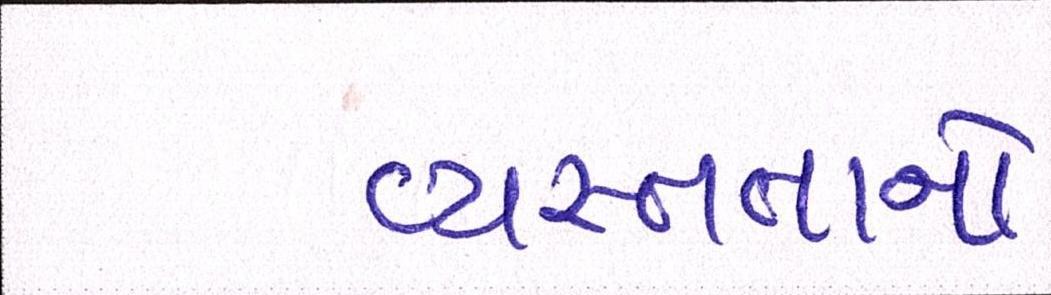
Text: વ્યસ્તતાનો